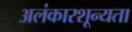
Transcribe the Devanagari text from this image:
अलंकारशून्यता